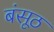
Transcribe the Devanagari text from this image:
बंसूठ